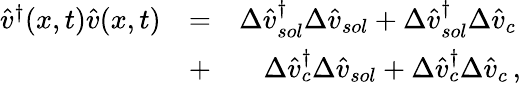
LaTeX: \begin{array}{rlr}{\hat{v}^{\dagger}(x,t)\hat{v}(x,t)}&{=}&{\Delta\hat{v}_{sol}^{\dagger}\Delta\hat{v}_{sol}+\Delta\hat{v}_{sol}^{\dagger}\Delta\hat{v}_{c}\, }\\ &{+}&{\Delta\hat{v}_{c}^{\dagger}\Delta\hat{v}_{sol}+\Delta\hat{v}_{c}^{\dagger}\Delta\hat{v}_{c}\, ,}\end{array}